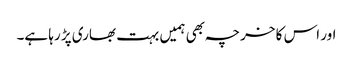
اور اس کا خرچہ بھی ہمیں بہت بھاری پڑ رہا ہے۔